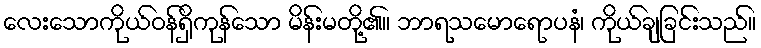
လေးသောကိုယ်ဝန်ရှိကုန်သော မိန်းမတို့၏။ ဘာရသမောရောပနံ၊ ကိုယ်ချခြင်းသည်။